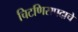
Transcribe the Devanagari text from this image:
चिटणिसपदाचे